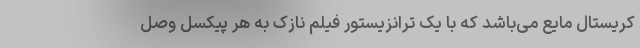
کریستال مایع می‌باشد که با یک ترانزیستور فیلم نازک به هر پیکسل وصل